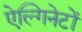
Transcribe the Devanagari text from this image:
ऐल्गिनेटों